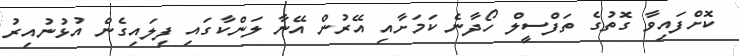
ކޮށްފައިވާ ގޮތުގެ ތަފްސީލް ހޯދާނެ ކަމަށާއި އޭރުން އޭނާ ލަންކާގައި ފިލައިގެން އުޅުނުއިރު